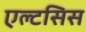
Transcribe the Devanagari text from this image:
एल्टसिस